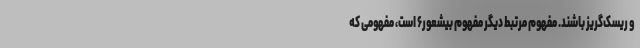
و ریسک‌گریز باشند. مفهوم مرتبط دیگرْ مفهوم بیشعور۶ است، مفهومی که